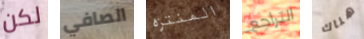
لكن الصافي المنتزه التراجع هناك